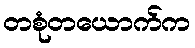
တစုံတယောက်က